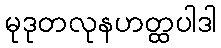
မုဒုတလုနဟတ္ထပါဒါ